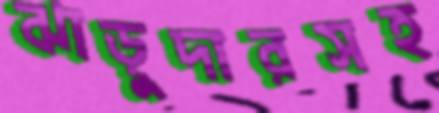
ঝাড়ুদারসহ